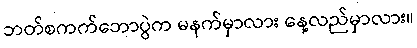
ဘတ်စကက်ဘောပွဲက မနက်မှာလား နေ့လည်မှာလား။